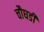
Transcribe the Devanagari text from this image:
चौघडी